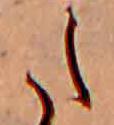
た